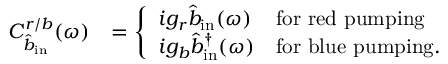
\begin{array} { r l } { C _ { \hat { b } _ { \mathrm { i n } } } ^ { r / b } ( \omega ) } & { = \left\{ \begin{array} { l l } { i g _ { r } \hat { b } _ { \mathrm { i n } } ( \omega ) } & { \mathrm { f o r ~ r e d ~ p u m p i n g } } \\ { i g _ { b } \hat { b } _ { \mathrm { i n } } ^ { \dagger } ( \omega ) } & { \mathrm { f o r ~ b l u e ~ p u m p i n g . } } \end{array} \right. } \end{array}